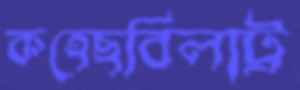
কহেছবিলাট্র